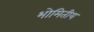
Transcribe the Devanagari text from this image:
भोमितीय